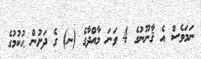
ނަމަވެސް އެ ޤާނޫނުގެ 4 ވަނަ މާއްދާގެ (ނ) ގެ ދަށުން ޙުކުމުގެ